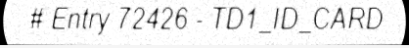
# Entry 72426 - TD1_ID_CARD